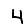
Digit: 4